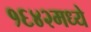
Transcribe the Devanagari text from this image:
१६४२मध्ये